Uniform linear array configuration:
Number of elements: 48
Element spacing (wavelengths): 1
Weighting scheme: exponential
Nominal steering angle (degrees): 0
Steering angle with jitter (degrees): -0.17
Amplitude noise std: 0.05
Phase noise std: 0.05

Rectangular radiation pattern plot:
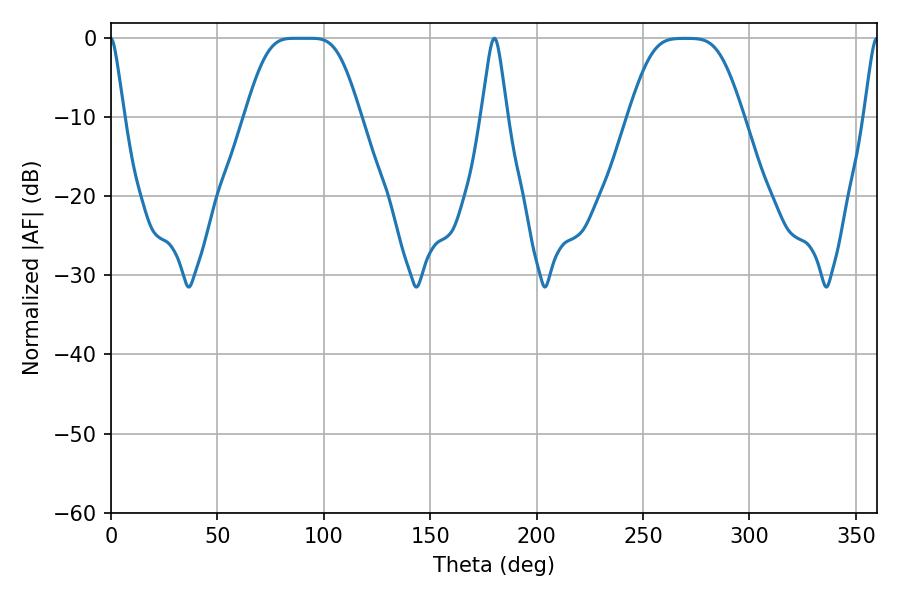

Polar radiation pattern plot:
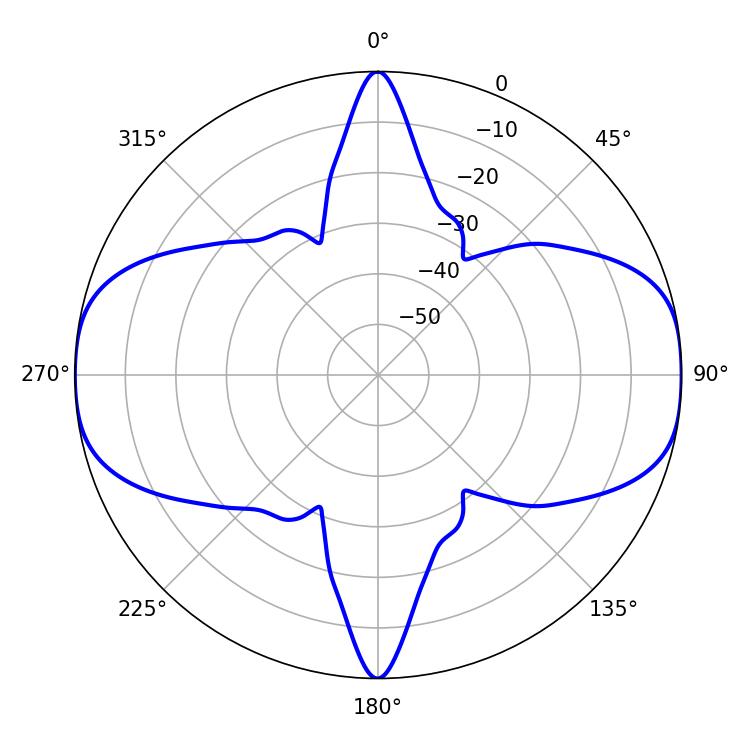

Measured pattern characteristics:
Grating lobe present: TRUE
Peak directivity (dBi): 18.932
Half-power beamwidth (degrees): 37.44
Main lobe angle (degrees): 86.04